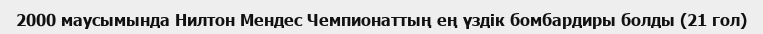
2000 маусымында Нилтон Мендес Чемпионаттың ең үздік бомбардиры болды (21 гол)